Indian journal of veterinary science and animal husbandry - Volume 3,
Year: 1933
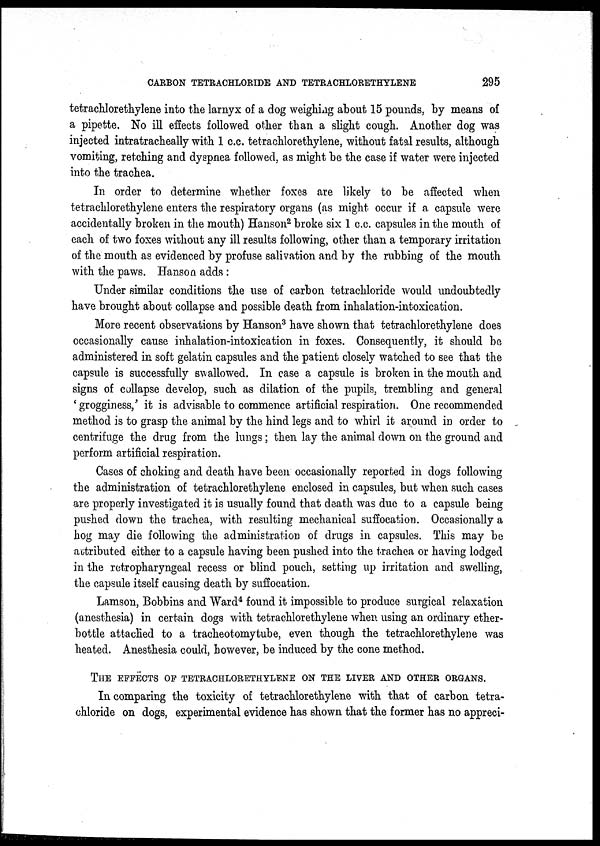
CARBON TETRACHLORIDE AND TETRACHLORETHYLENE
295
tetrachlorethylene into the larnyx of a dog weighing about 15 pounds, by means of
a pipette. No ill effects followed other than a slight cough. Another dog was
injected intratracheally with 1 c.c. tetrachlorethylene, without fatal results, although
vomiting, retching and dyspnea followed, as might be the case if water were injected
into the trachea.
In order to determine whether foxes are likely to be affected when
tetrachlorethylene enters the respiratory organs (as might occur if a capsule were
accidentally broken in the mouth) Hanson 2 broke six 1 c.c. capsules in the mouth of
each of two foxes without any ill results following, other than a temporary irritation
of the mouth as evidenced by profuse salivation and by the rubbing of the mouth
with the paws. Hanson adds :
Under similar conditions the use of carbon tetrachloride would undoubtedly
have brought about collapse and possible death from inhalation-intoxication.
More recent observations by Hanson 3 have shown that tetrachlorethylene does
occasionally cause inhalation-intoxication in foxes. Consequently, it should be
administered in soft gelatin capsules and the patient closely watched to see that the
capsule is successfully swallowed. In case a capsule is broken in the mouth and
signs of collapse develop, such as dilation of the pupils, trembling and general
'grogginess,' it is advisable to commence artificial respiration. One recommended
method is to grasp the animal by the hind legs and to whirl it around in order to
centrifuge the drug from the lungs; then lay the animal down on the ground and
perform artificial respiration.
Cases of choking and death have been occasionally reported in dogs following
the administration of tetrachlorethylene enclosed in capsules, but when such cases
are properly investigated it is usually found that death was due to a capsule being
pushed down the trachea, with resulting mechanical suffocation. Occasionally a
hog may die following the administration of drugs in capsules. This may be
attributed either to a capsule having been pushed into the trachea or having lodged
in the retropharyngeal recess or blind pouch, setting up irritation and swelling,
the capsule itself causing death by suffocation.
Lamson, Bobbins and Ward 4 found it impossible to produce surgical relaxation
(anesthesia) in certain dogs with tetrachlorethylene when using an ordinary ether-
bottle attached to a tracheotomytube, even though the tetrachlorethylene was
heated. Anesthesia could, however, be induced by the cone method.
THE EFFECTS OF TETRACHLORETHYLENE ON THE LIVER AND OTHER ORGANS.
In comparing the toxicity of tetrachlorethylene with that of carbon tetra-
chloride on dogs, experimental evidence has shown that the former has no appreci¬